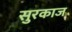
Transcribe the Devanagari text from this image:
सुरकाज